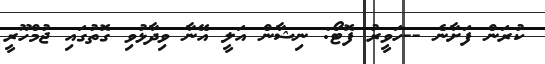
ކުރަން ފަށާނެ --ހަވީރު ފޮޓޯ: ނިޝާން އަލީ އޭނާ ވިދާޅުވި ގޮތުގައި ޖުމްހޫރީ